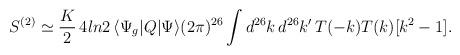
LaTeX: \begin{align*}S^{(2)}\simeq\frac K2\, 4ln2\,\langle\Psi_g|Q|\Psi\rangle (2\pi)^{26}\int d^{26}k\, d^{26}k' \, T(-k)T(k)[k^2-1] .\end{align*}